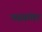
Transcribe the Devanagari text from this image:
भक्ष्यांवर